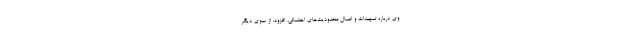
وی درباره تمهیدات و اعمال محدودیت‌های احتمالی، افزود: از سوی دیگر